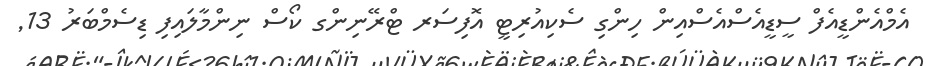
އެމްއެންޑީއެފް ސީޑީއެސްއެސްއިން ހިންގި ސެކިއުރިޓީ އޮފިސަރ ޓްރޭނިންގ ކޯސް ނިންމާލައިފި ޑިސެމްބަރު 13